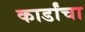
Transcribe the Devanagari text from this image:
कार्डांचा